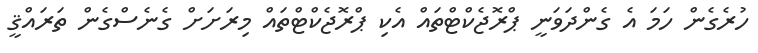
ހުރެގެން ހަމަ އެ ގެންދަވަނީ ޕްރޮޖެކްޓްތައް އެކި ޕްރޮޖެކްޓްތައް މިރަށަށް ގެނެސްގެން ތަރައްޤީ